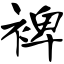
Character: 裨